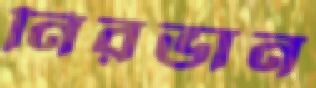
নিরভান